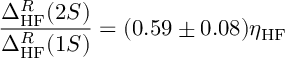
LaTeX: \frac { \Delta _ { \mathrm { H F } } ^ { R } ( 2 S ) } { \Delta _ { \mathrm { H F } } ^ { R } ( 1 S ) } = ( 0 . 5 9 \pm 0 . 0 8 ) \eta _ { \mathrm { H F } }